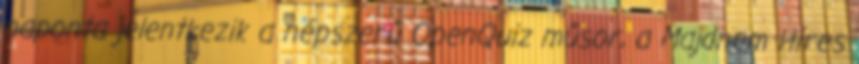
naponta jelentkezik a népszerű OpenQuiz műsor, a Majdnem Híres